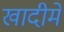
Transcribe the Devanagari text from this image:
खादीमें